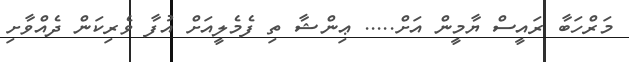
މަރްހަބާ ރައީސް ޔާމީން އަށް..... ޢިންޝާ ތި ފެމެލީއަށް އުފާ ވެރިކަން ދެއްވާށި